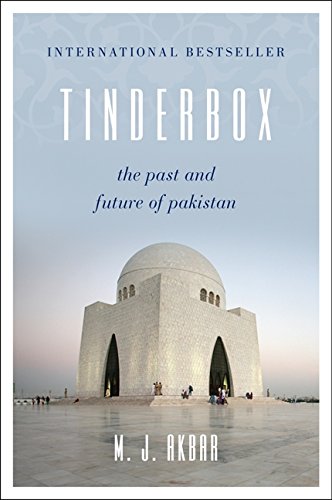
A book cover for Tinderbox: The Past and Future of Pakistan; M.J. Akbar; History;